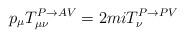
LaTeX: \begin{align*}p_\mu T^{P\rightarrow AV}_{\mu \nu} =2miT^{P\rightarrow PV}_\nu\end{align*}